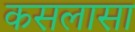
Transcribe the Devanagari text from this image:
कसलासा